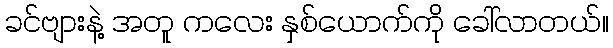
ခင်ဗျားနဲ့ အတူ ကလေး နှစ်ယောက်ကို ခေါ်လာတယ်။